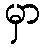
မှာ